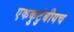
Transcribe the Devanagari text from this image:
एककुटुंबीयच